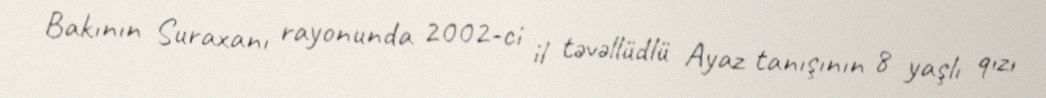
Bakının Suraxanı rayonunda 2002-ci il təvəllüdlü Ayaz tanışının 8 yaşlı qızı